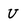
Character: U